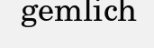
gemlich